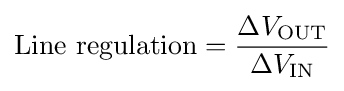
{\text{Line regulation}}={\Delta V_{\text{OUT}} \over \Delta V_{\text{IN}}}